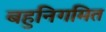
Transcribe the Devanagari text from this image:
बहुनिगमित